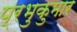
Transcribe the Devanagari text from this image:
प्रभुकुमार